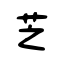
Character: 芝